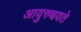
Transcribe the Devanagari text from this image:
आयुरुच्चयते